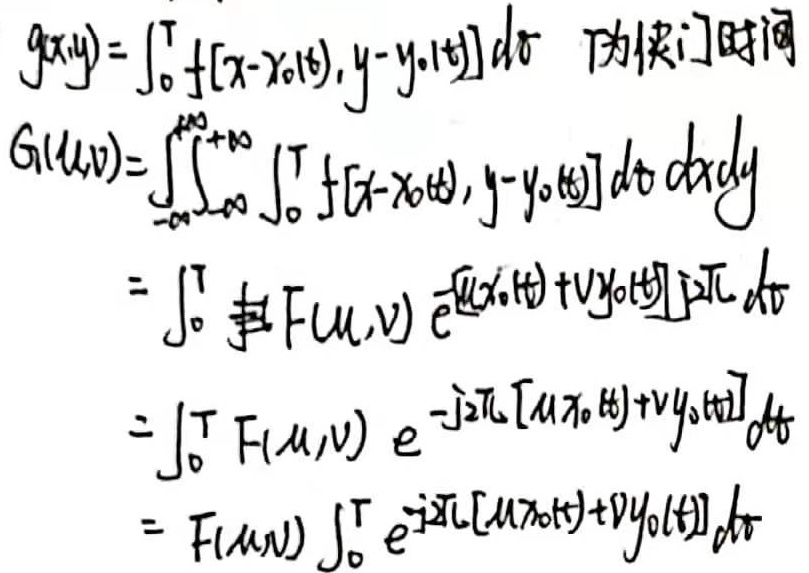
为快门时间
\[
\begin{align*}
g(x,y)&=\int_{0}^{T} f[x - x_{0}(t),y - y_{0}(t)]dt \\
G(u,v)&=\int_{-\infty}^{+\infty}\int_{-\infty}^{+\infty}\int_{0}^{T} f[x - x_{0}(t),y - y_{0}(t)]dt\ dxdy\\
&=\int_{0}^{T}\text{扌}F(u,v) e^{j2\pi[ux_{0}(t) + vy_{0}(t)]}dt\\
&=\int_{0}^{T} F(u,v) e^{-j2\pi[ux_{0}(t)+vy_{0}(t)]}dt\\
&=F(u,v)\int_{0}^{T} e^{-j2\pi[ux_{0}(t)+vy_{0}(t)]}dt
\end{align*}
\]